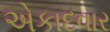
એકાદવાર